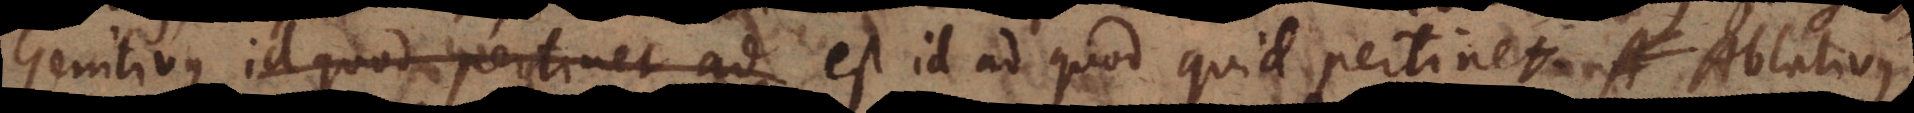
Genitivus id quod pertinet ad est id ad quod quid pertinet. Ablativ